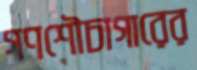
গণশৌচাগারের